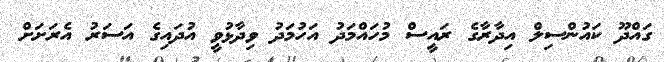
ގައްދޫ ކައުންސިލް އިދާރާގެ ރައީސް މުހައްމަދު އަހުމަދު ވިދާޅުވީ އުދައިގެ އަސަރު އެރަށަށް